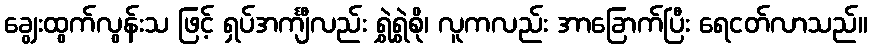
ချွေးထွက်လွန်းသ ဖြင့် ရှပ်အင်္ကျီလည်း ရွှဲရွှဲစို၊ လူကလည်း အာခြောက်ပြီး ရေငတ်လာသည်။